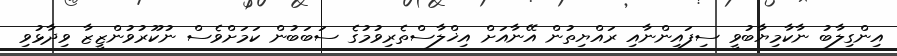
އިންގިލާބު ނާކާމިޔާބުވީ ސިފައިންނާއި ރައްޔިތުން އޭނާއަށް އިޚްލާސްތެރިވުމުގެ ސަބަބުން ކަމަށްވެސް ނުކޫރުވުންޒީޒާ ވިދާޅުވި